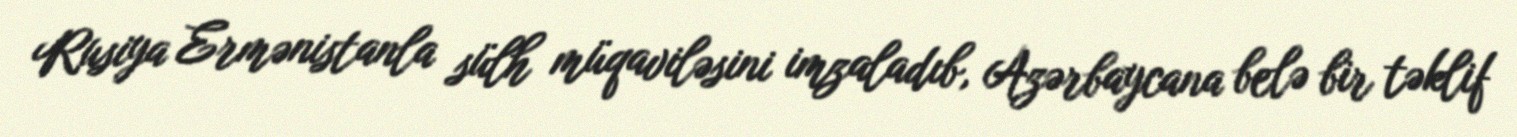
Rusiya Ermənistanla sülh müqaviləsini imzaladıb, Azərbaycana belə bir təklif